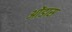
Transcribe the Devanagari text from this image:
ओंडास